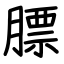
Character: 膘